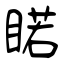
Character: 睰